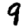
Digit: 9